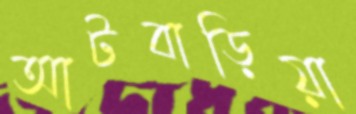
আটবাড়িয়া